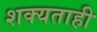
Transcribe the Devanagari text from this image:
शक्‍यताही